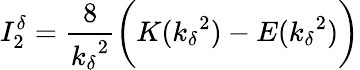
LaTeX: I_{2}^{\delta}=\frac{8}{{k_{\delta}}^{2}}\bigg(K({k_{\delta}}^{2})-E({k_{\delta}}^{2})\bigg)